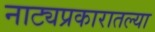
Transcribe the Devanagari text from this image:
नाट्यप्रकारातल्या